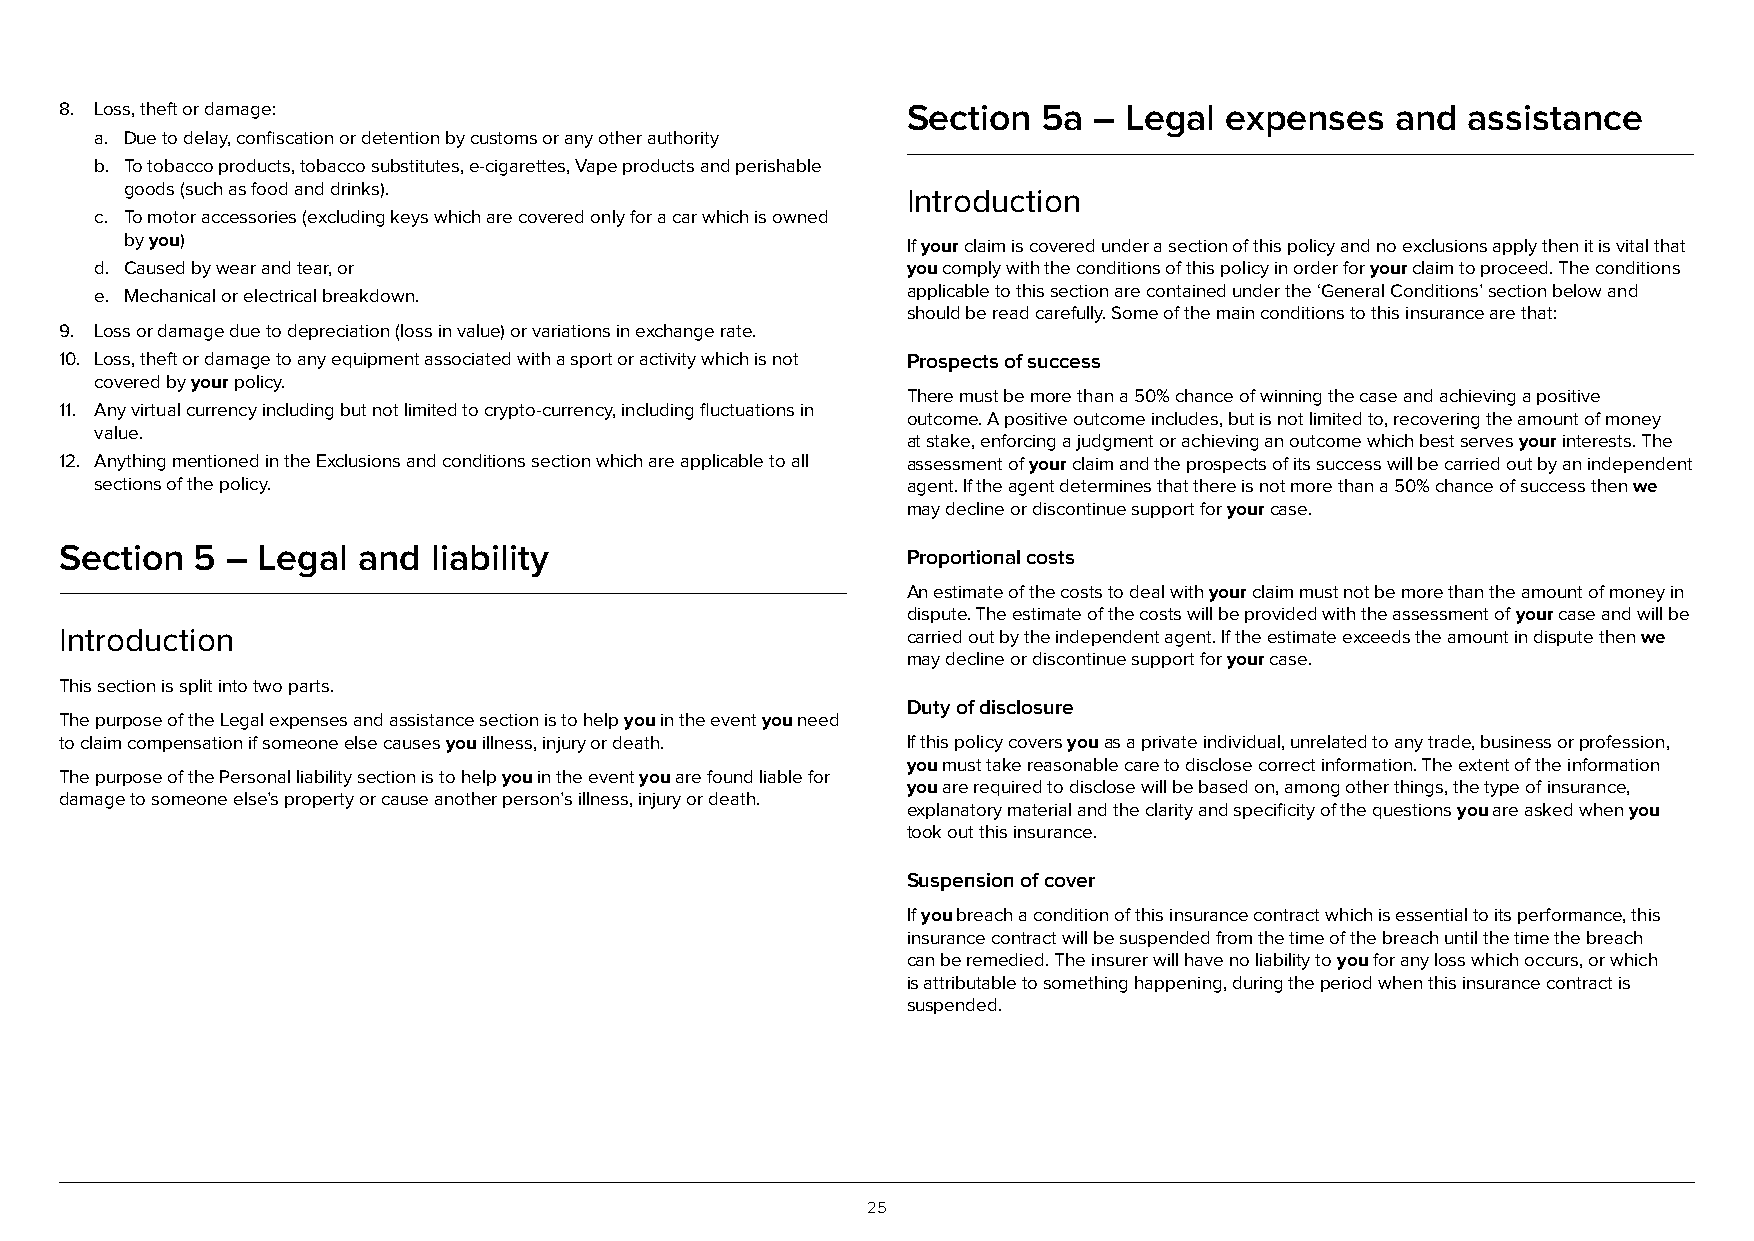
8. Loss, theft or damage:                               Section  5a –  Legal expenses   and  assistance
 a. Due to delay, confiscation or detention by customs or any other authority
 b. To tobacco products, tobacco substitutes, e-cigarettes, Vape products and perishable
 goods (such as food and drinks).                    Introduction
 c. To motor accessories (excluding keys which are covered only for a car which is owned
 by you)                                             If your claim is covered under a section of this policy and no exclusions apply then it is vital that
 d. Caused by wear and tear, or                        you comply with the conditions of this policy in order for your claim to proceed. The conditions
 e. Mechanical or electrical breakdown.                applicable to this section are contained under the ‘General Conditions’ section below and
 should be read carefully. Some of the main conditions to this insurance are that:
 9. Loss or damage due to depreciation (loss in value) or variations in exchange rate.
 10. Loss, theft or damage to any equipment associated with a sport or activity which is not Prospects of success
 covered by your policy.
 There must be more than a 50% chance of winning the case and achieving a positive
 11. Any virtual currency including but not limited to crypto-currency, including fluctuations in
 outcome. A positive outcome includes, but is not limited to, recovering the amount of money
 value.
 at stake, enforcing a judgment or achieving an outcome which best serves your interests. The
 12. Anything mentioned in the Exclusions and conditions section which are applicable to all assessment of your claim and the prospects of its success will be carried out by an independent
 sections of the policy.                               agent. If the agent determines that there is not more than a 50% chance of success then we
 may decline or discontinue support for your case.
 Section  5 – Legal  and  liability                      Proportional costs
 An estimate of the costs to deal with your claim must not be more than the amount of money in
 dispute. The estimate of the costs will be provided with the assessment of your case and will be
 Introduction                                            carried out by the independent agent. If the estimate exceeds the amount in dispute then we
 may decline or discontinue support for your case.
 This section is split into two parts.
 Duty of disclosure
 The purpose of the Legal expenses and assistance section is to help you in the event you need
 to claim compensation if someone else causes you illness, injury or death. If this policy covers you as a private individual, unrelated to any trade, business or profession,
 you must take reasonable care to disclose correct information. The extent of the information
 The purpose of the Personal liability section is to help you in the event you are found liable for
 you are required to disclose will be based on, among other things, the type of insurance,
 damage to someone else’s property or cause another person’s illness, injury or death.
 explanatory material and the clarity and specificity of the questions you are asked when you
 took out this insurance.
 Suspension of cover
 If you breach a condition of this insurance contract which is essential to its performance, this
 insurance contract will be suspended from the time of the breach until the time the breach
 can be remedied. The insurer will have no liability to you for any loss which occurs, or which
 is attributable to something happening, during the period when this insurance contract is
 suspended.
 25